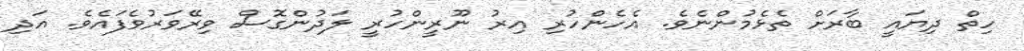
ހިތް ދިޔައީ ބާރަށް ތެޅެމުންނެވެ. އެހެންހުރި އިރު ނޫރީންހުރީ ލަދުންގޮސް ވިރޭވަރުވެފައެވެ. އަދި